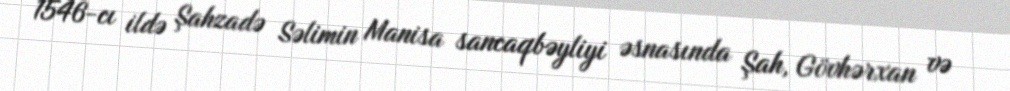
1546-cı ildə Şahzadə Səlimin Manisa sancaqbəyliyi əsnasında Şah, Gövhərxan və